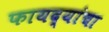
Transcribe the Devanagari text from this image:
फायद्यांचा